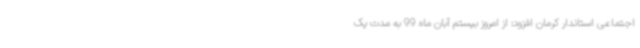
اجتماعی استاندار کرمان افزود: از امروز بیستم آبان ماه 99 به مدت یک